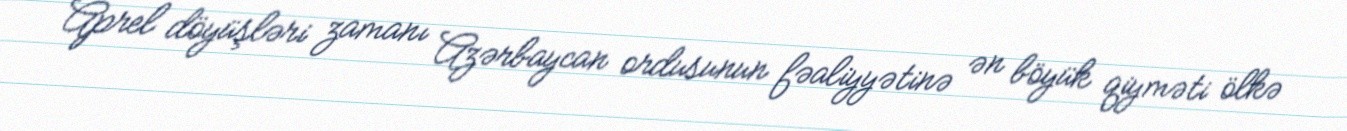
Aprel döyüşləri zamanı Azərbaycan ordusunun fəaliyyətinə ən böyük qiyməti ölkə